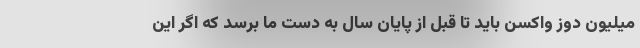
میلیون دوز واکسن باید تا قبل از پایان سال به دست ما برسد که اگر این